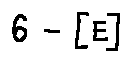
6 - [ E ]